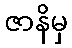
ဇာနိမှ